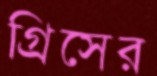
গ্রিসের